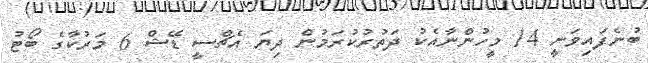
ބުނެފައިވަނީ 14 މީހުންނާއެކު ދަތުރުކުރަމުން ދިޔަ އެޗްސީ ޑޭޝް 6 މަރުކާގެ ބޯޓު